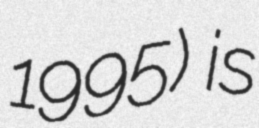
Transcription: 1995) is